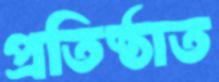
প্রতিষ্ঠাত